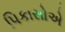
પિકાસોએ